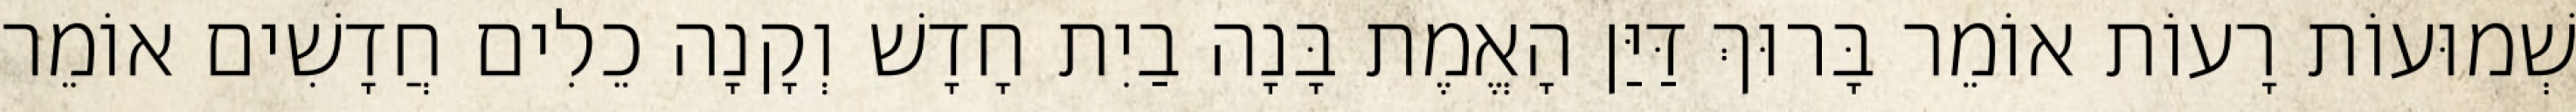
שְׁמוּעוֹת רָעוֹת אוֹמֵר בָּרוּךְ דַּיַּן הָאֱמֶת בָּנָה בַיִת חָדָשׁ וְקָנָה כֵלִים חֲדָשִׁים אוֹמֵר